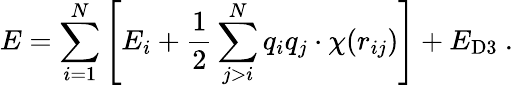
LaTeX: E=\sum_{i=1}^{N}\left[E_{i}+\frac{1}{2}\sum_{j>i}^{N}q_{i}q_{j}\cdot\chi(r_{ij})\right]+E_{\mathrm{D3}}~.